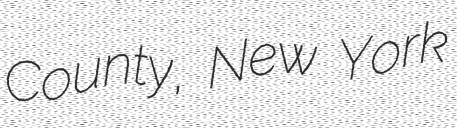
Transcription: County, New York